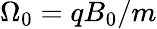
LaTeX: \Omega_{0}=qB_{0}/m